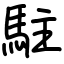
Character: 駐